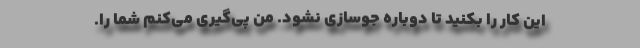
این کار را بکنید تا دوباره جوسازی نشود. من پی‌گیری می‌کنم شما را.